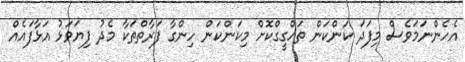
އެހެންނަމަވެސް މިފަދަ ކަންކަން ތަހްގީގްކޮށް މިކަންކަން ހިންގާ ފަރާތްތަކާ މެދު ފިޔަވަޅު އަޅާފައެއް